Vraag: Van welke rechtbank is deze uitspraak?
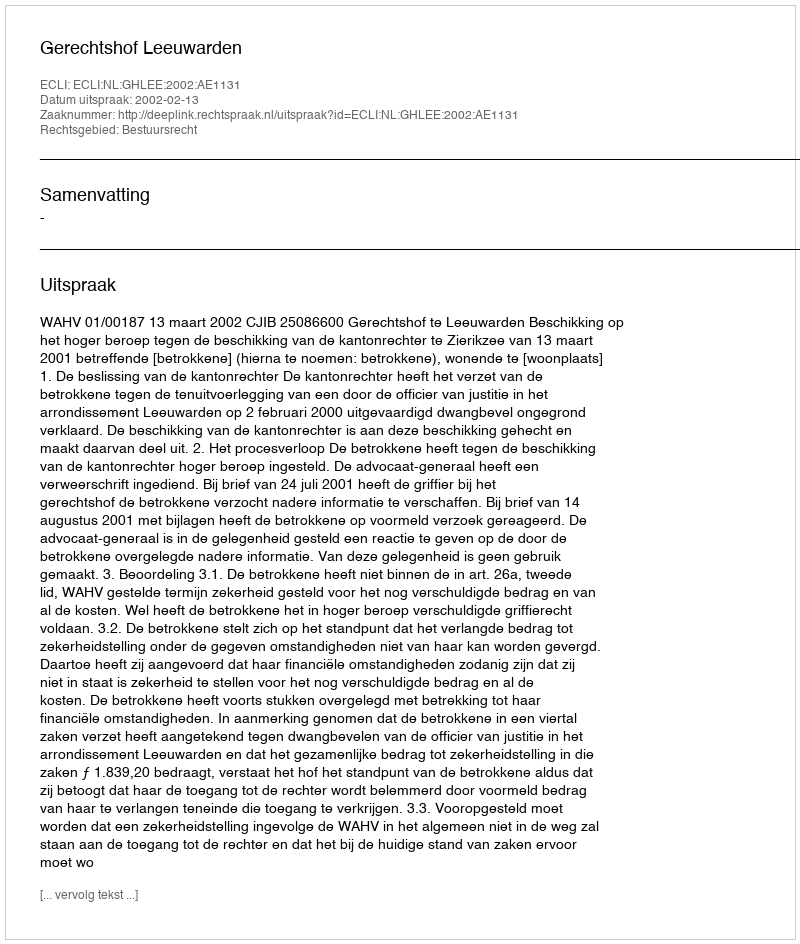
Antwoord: Gerechtshof Leeuwarden